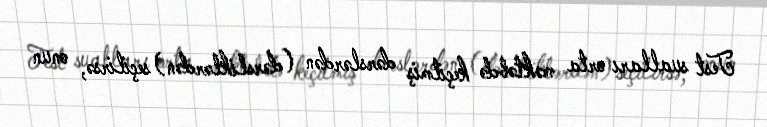
Test sualları orta məktəbdə keçilmiş dərslərdən (dərsliklərdən) seçilirsə, onun